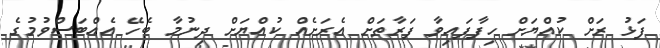
ފަޅު ރަށް ކުއްޔަށް ހިފާފައިވާ ފަރާތަށް އެރަށެއް ކުއްޔަށް ދިނުމާ ބެހޭ އެއްބަސްވުމުގެ